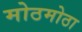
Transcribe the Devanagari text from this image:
मोठमोठा